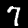
Digit: 7